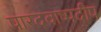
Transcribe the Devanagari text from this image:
पारदवाष्पदीप